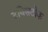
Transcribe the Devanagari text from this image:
टविसटोक